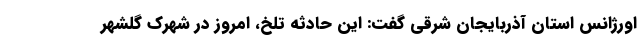
اورژانس استان آذربایجان شرقی گفت: این حادثه تلخ، امروز در شهرک گلشهر